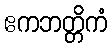
ဧကဘတ္တိကံ